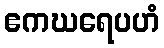
ဧကဃရေပဟံ